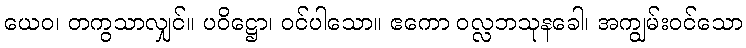
ယေဝ၊ တကွသာလျှင်။ ပဝိဋ္ဌော၊ ဝင်ပါသော။ ဧကော ဝလ္လဘသုနခေါ၊ အကျွမ်းဝင်သော